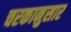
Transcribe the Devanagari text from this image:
चरकानुसार